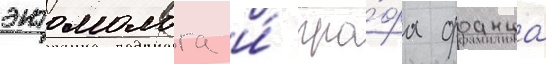
энтомолога и́ гра́фа франца